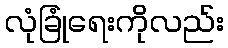
လုံခြုံရေးကိုလည်း